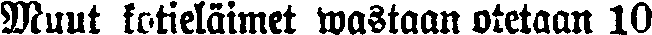
Muut kotieläimet wastaan otetaan 10